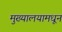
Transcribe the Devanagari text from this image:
मुख्यालयामधून